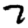
Digit: 7